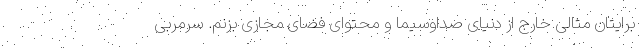
برایتان مثالی خارج از دنیای صداوسیما و محتوای فضای مجازی بزنم. سرمربی